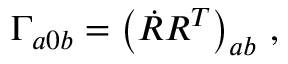
\Gamma _ { a 0 b } = \left( \dot { R } R ^ { T } \right) _ { a b } \, ,